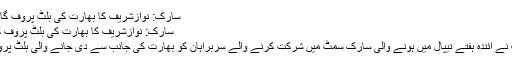
سارک: نوازشریف کا بھارت کی بلٹ پروف گاڑی استعمال کرنے سے انکار -
سارک: نوازشریف کا بھارت کی بلٹ پروف گاڑی استعمال کرنے سے انکار
کھٹمنڈو: وزیر اعظم نواز شریف نے آئندہ ہفتے نیپال میں ہونے والی سارک سمٹ میں شرکت کرنے والے سربراہان کو بھارت کی جانب سے دی جانے والی بلٹ پروف گاڑی لینے سے انکارکردیا۔